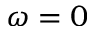
\omega = 0